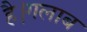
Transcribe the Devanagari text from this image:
है।गलाब